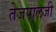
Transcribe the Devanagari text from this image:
तेजपालजी